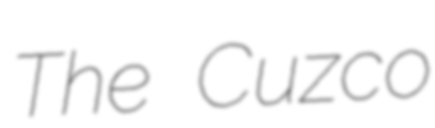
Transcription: The Cuzco